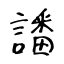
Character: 讅